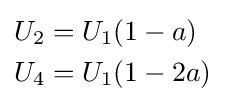
{\begin{aligned}U_{2}&=U_{1}(1-a)\\U_{4}&=U_{1}(1-2a)\end{aligned}}